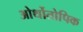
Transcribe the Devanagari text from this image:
ओर्थोतोपिक